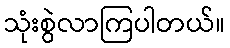
သုံးစွဲလာကြပါတယ်။